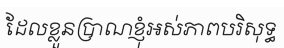
ដែលខ្លួនប្រាណខ្ញុំអស់ភាពបរិសុទ្ធ